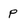
Character: p